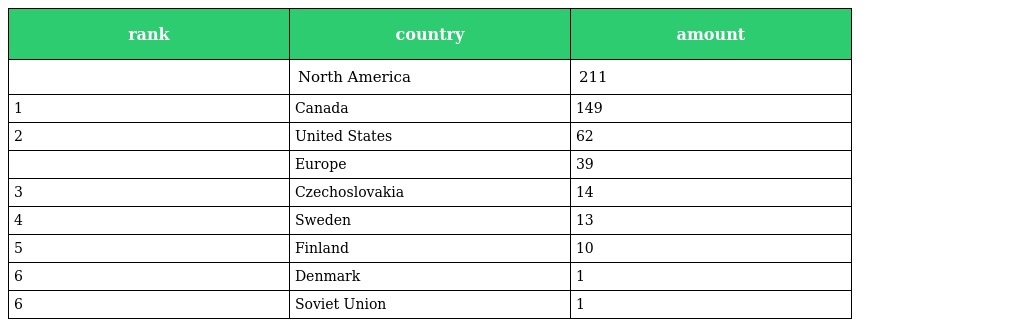
| rank | country | amount |
 | --- | --- | --- |
 |  | North America | 211 |
 | 1 | Canada | 149 |
 | 2 | United States | 62 |
 |  | Europe | 39 |
 | 3 | Czechoslovakia | 14 |
 | 4 | Sweden | 13 |
 | 5 | Finland | 10 |
 | 6 | Denmark | 1 |
 | 6 | Soviet Union | 1 |